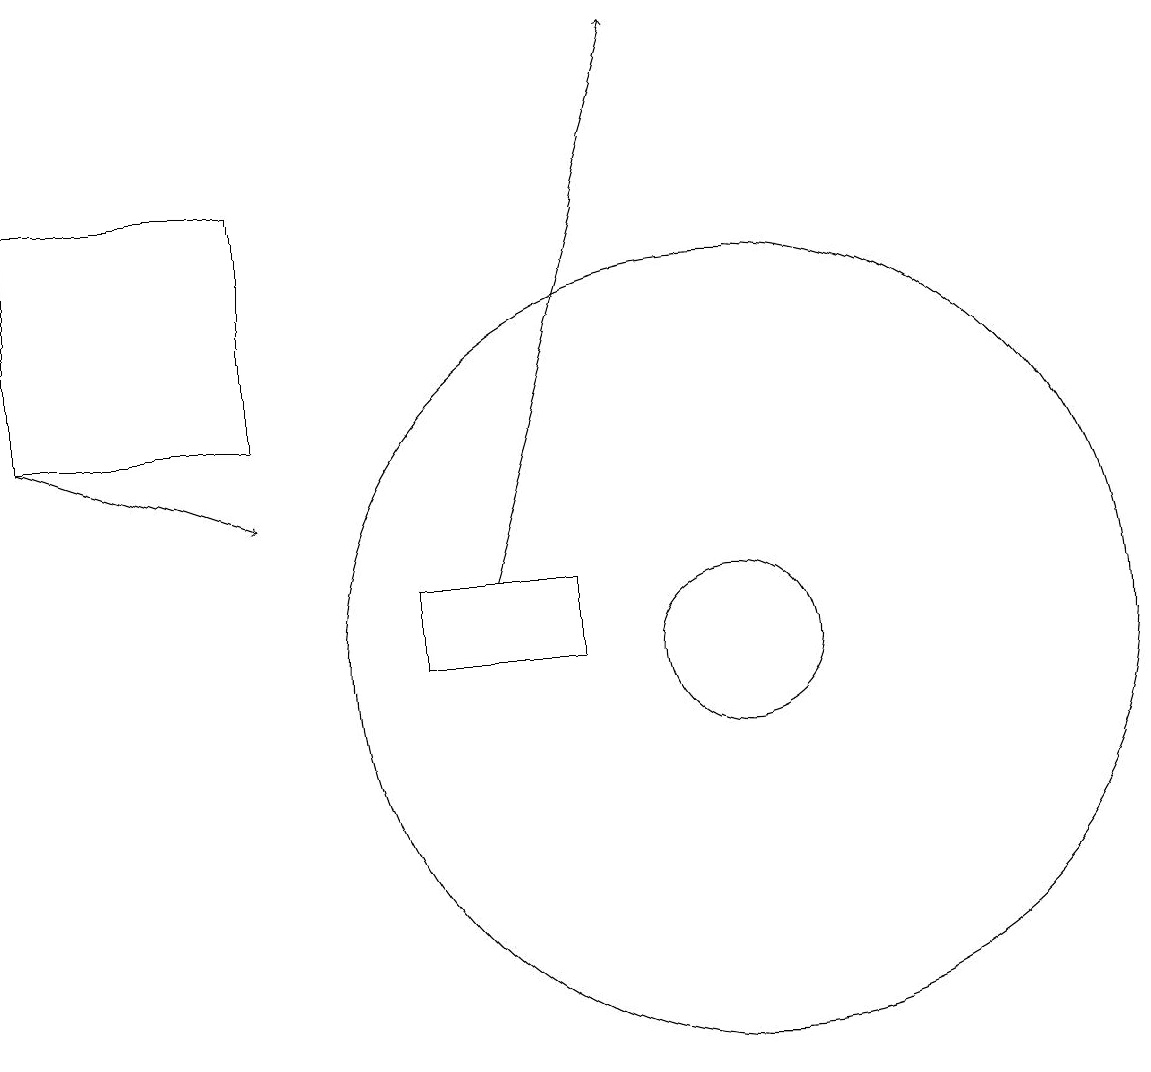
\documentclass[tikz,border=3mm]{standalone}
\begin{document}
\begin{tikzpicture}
\draw (10,10) circle (1);
\draw (8,11) rectangle (6,10);
\draw[->] (1,13) -- (4,12);
\draw (10,10) circle (5);
\draw (4,13) rectangle (1,16);
\draw[->] (7,11) -- (9,18);
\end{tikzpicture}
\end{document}